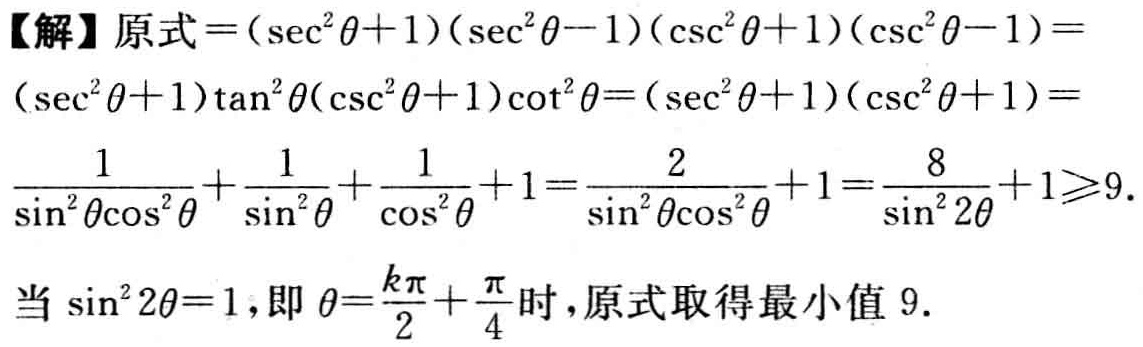
【解】原式\(=(\sec^{2}\theta + 1)(\sec^{2}\theta - 1)(\csc^{2}\theta + 1)(\csc^{2}\theta - 1)=\)

\((\sec^{2}\theta + 1)\tan^{2}\theta(\csc^{2}\theta + 1)\cot^{2}\theta=(\sec^{2}\theta + 1)(\csc^{2}\theta + 1)=\)

\(\frac{1}{\sin^{2}\theta\cos^{2}\theta}+\frac{1}{\sin^{2}\theta}+\frac{1}{\cos^{2}\theta}+1=\frac{2}{\sin^{2}\theta\cos^{2}\theta}+1=\frac{8}{\sin^{2}2\theta}+1\geqslant9.\)

当\(\sin^{2}2\theta = 1\)，即\(\theta=\frac{k\pi}{2}+\frac{\pi}{4}\)时，原式取得最小值\(9\).